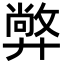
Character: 㢢